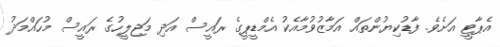
އެޕާޓީ އަށެވެ. ފާޑުކިޔުންތައް އަމާޒުވުމާއެކު އެމްޑީޕީގެ ރައީސް އަދި މަޖިލީހުގެ ރައީސް މުހައްމަދު